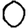
Digit: 0